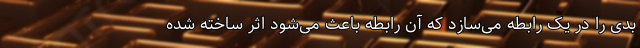
بدی را در یک رابطه می‌سازد که آن رابطه باعث می‌شود اثر ساخته شده